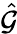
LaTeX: \hat{\mathcal G}